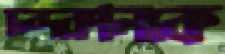
চন্দরপলকে